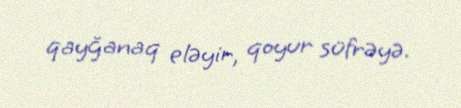
qayğanaq eləyir, qoyur süfrəyə.